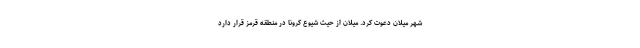
شهر میلان دعوت کرد. میلان از حیث شیوع کرونا در منطقه قرمز قرار دارد